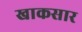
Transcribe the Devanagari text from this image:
खाकसार